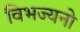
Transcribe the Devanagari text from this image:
विभज्यनो